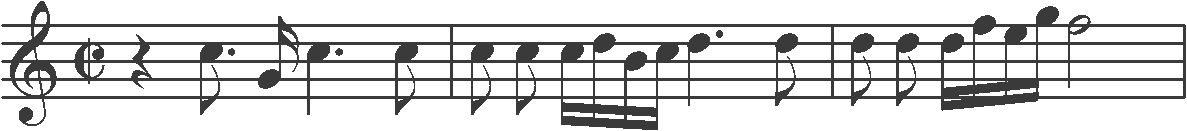
Transcription: clef-G2 timeSignature-C/ rest-quarter note-C5_eighth. note-G4_sixteenth note-C5_quarter. note-C5_eighth barline note-C5_eighth note-C5_eighth note-C5_sixteenth note-D5_sixteenth note-B4_sixteenth note-C5_sixteenth note-D5_quarter. note-D5_eighth barline note-D5_eighth note-D5_eighth note-D5_sixteenth note-F5_sixteenth note-E5_sixteenth note-G5_sixteenth note-F5_half barline